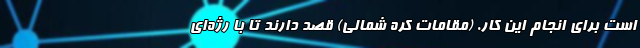
است برای انجام این کار. (مقامات کره شمالی) قصد دارند تا با رژه‌ای